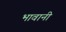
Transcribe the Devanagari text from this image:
भावानी